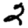
Digit: 2